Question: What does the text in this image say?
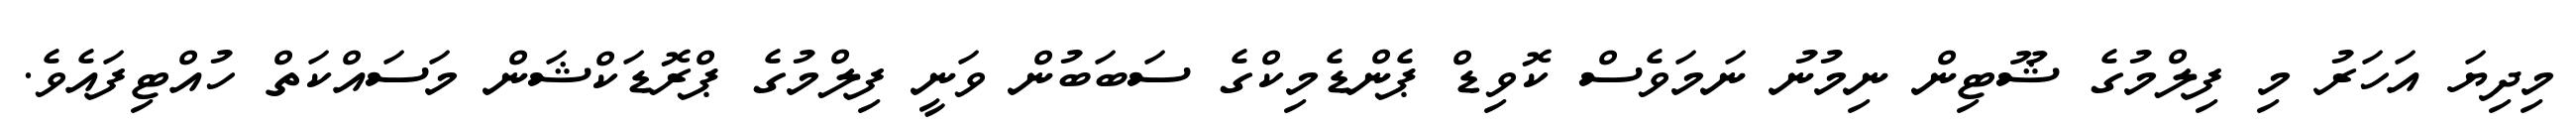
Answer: މިދިޔަ އަހަރު މި ފިލްމުގެ ޝޫޓިން ނިމުނު ނަމަވެސް ކޮވިޑް ޕެންޑެމިކްގެ ސަބަބުން ވަނީ ފިލްމުގެ ޕްރޮޑަކްޝަން މަސައްކަތް ހުއްޓިފައެވެ.